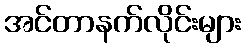
အင်တာနက်လိုင်းများ